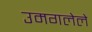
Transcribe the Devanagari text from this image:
उमगलेले